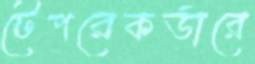
টেপরেকর্ডারে